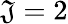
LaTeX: \mathfrak{J}=2